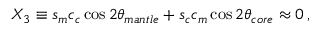
X _ { 3 } \equiv s _ { m } c _ { c } \cos 2 \theta _ { m a n t l e } + s _ { c } c _ { m } \cos 2 \theta _ { c o r e } \approx 0 \, ,